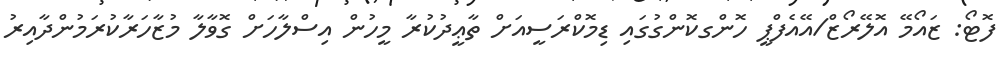
ފޮޓޯ: ޒައޯމޭ އޮލޭރޯޒް/އޭއެފްޕީ ހޮންގކޮންގުގައި ޑިމޮކްރަސީއަށް ތާޢީދުކުރާ މީހުން އިސްލާހަށް ގޮވާލާ މުޒާހަރާކުރަމުންދާއިރު